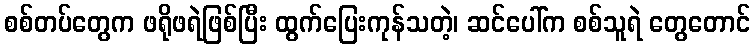
စစ်တပ်တွေက ဖရိုဖရဲဖြစ်ပြီး ထွက်ပြေးကုန်သတဲ့၊ ဆင်ပေါ်က စစ်သူရဲ တွေတောင်